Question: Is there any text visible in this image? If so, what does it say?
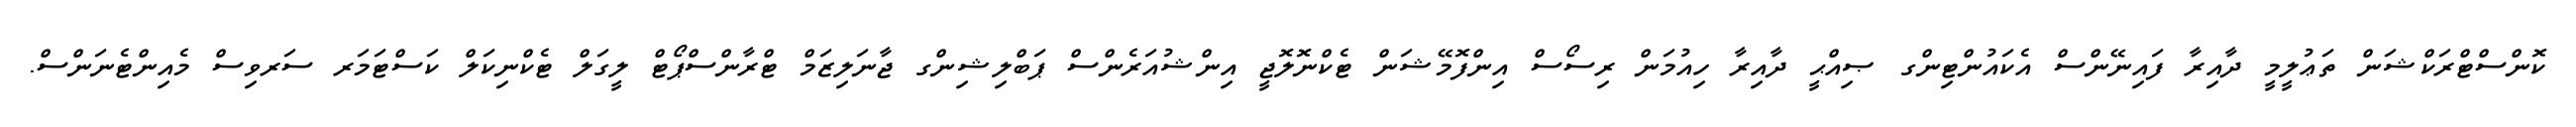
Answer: ކޮންސްޓްރަކްޝަން ތަޢުލީމީ ދާއިރާ ފައިނޭންސް އެކައުންޓިންގ ޞިއްޙީ ދާއިރާ ހިއުމަން ރިސޯސް އިންފޮމޭޝަން ޓެކްނޮލޮޖީ އިންޝުއަރެންސް ޕަބްލިޝިންގ ޖާނަލިޒަމް ޓްރާންސްޕޯޓް ލީގަލް ޓެކްނިކަލް ކަސްޓަމަރ ސަރވިސް މެއިންޓެނަންސް.